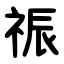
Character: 祳